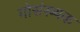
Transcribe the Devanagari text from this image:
गोसंख्यक